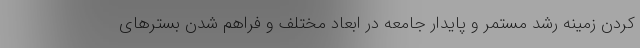
کردن زمینه رشد مستمر و پایدار جامعه در ابعاد مختلف و فراهم شدن بسترهای